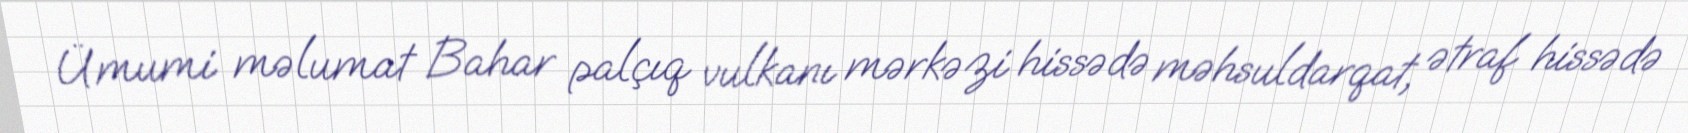
Ümumi məlumat Bahar palçıq vulkanı mərkəzi hissədə məhsuldarqat, ətraf hissədə